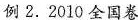
例 2.2010全国卷